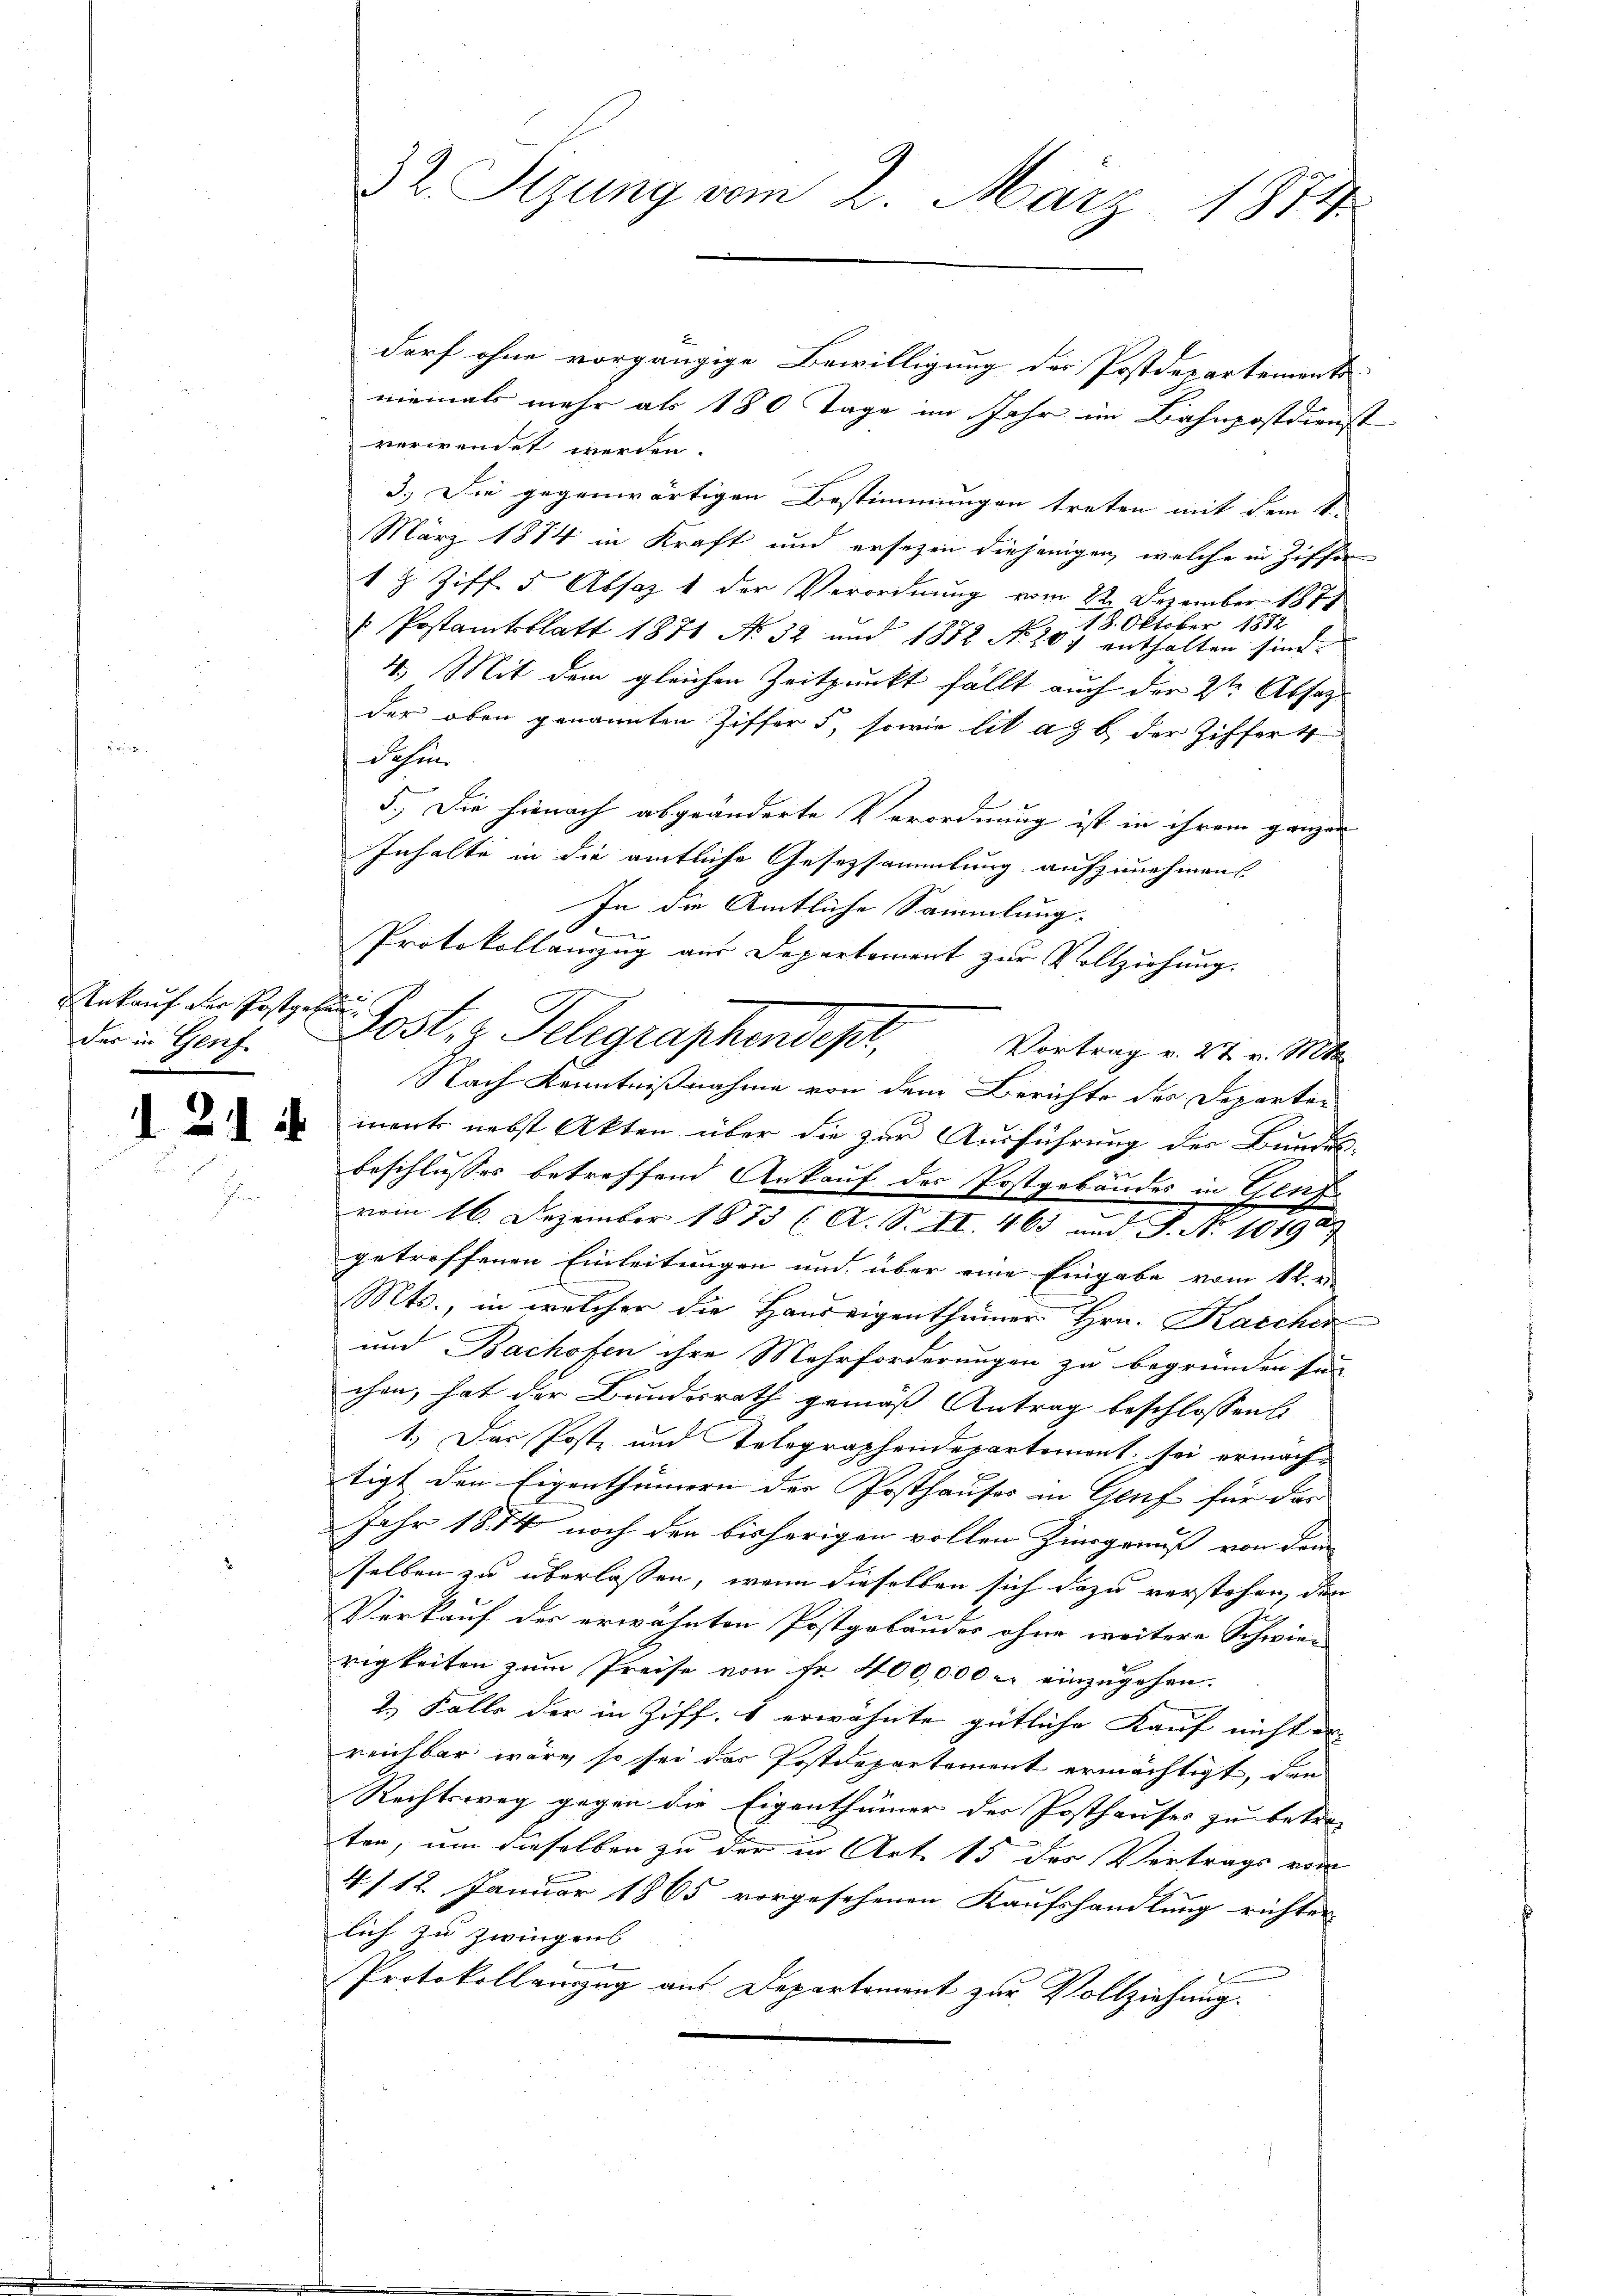
Ankauf der Postgeben¬

1 21 ff.

32 Sizung vom 2. März 1874.

darf ohne vorgängige Bewilligung des Postdepartements
niemals mehr als 180 Tage im Jahr im Bahnpostdienst
verwendet werden.
3.) Die gegenwärtigen Bestimmungen treten mit dem k.
März 1874 in Kraft und ersezen diejenigen, welche in Ziffen
18 Ziff. 5 Absaz 1 der Verordnung vom 22. Dezember 1879
18. Oktober 1882
 Postamtsblatt 1871 No 32 und 1882 No. 207 enthalten sind.
4. Mit dem gleichen Zeitpunkt fällt auch den 2ten Absag
der oben genannten Ziffer 5, sowie lit ad b. der Ziffer 4
Sehen
5.) Die hienach abgeänderte Verordnung ist in ihrem ganzen
Inhalte in die amtliche Gesetzsammlung aufzunehmen
In die Amtliche Sammlung.
Vortrag v. 27. v. Mts.
ment nebst Akten über die zur Ausführung des Bundes-
beschlusses betreffend Ankauf der Postgebäudes in Cent
vom 16. Dezember 1873 (A. S. II. 463 und J. No 101927
getroffenen Einleitungen und über eine Eingabe vom 11. v.
Mts., in welcher die Handeigenthümer Hrn. Karcher
und Bachofen ihre Mehrforderungen zu begründen sei
chen, hat der Bundesrath gemäß Antrag beschlossens
1.) Das Poste und Telegraphendepartemont, sei ermächtigt den Eigenthümern der Posthauses in Genf für das |
Jahr 1854 noch den bisherigen vollen Zinsgenuß von dem
selben zu überlassen, wenn dieselben sich dazu verstehen, den
Verkauf der erwähnten Postgebäuder ohne weitere Schwie- |
rigkeiten zum Preise von Fr. 400,000 - einzugehen.
2.) Falle der in Ziff. 1 erwähnte gütliche Kauf nicht er
reichbar wäre, so sei das Postdepartement ermächtigt, den
Rechtsweg gegen die Eigenthümer der Posthauses zu betre-
ten, um dieselben zu der in Art. 15 des Vertrags vom
4/12. Januar 1865 vorgesehenen Kaufshandlung richten
lich zu zwingens
Protokollauszug aus Departement zur Vollziehung.

Protokollanzug aus Departement zur Vollziehung.
Der in Genz. Post, v. Telegraphendest,
Nach Kenntnißnahme von dem Berichte des Departe¬

n